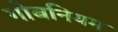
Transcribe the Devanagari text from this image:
गोबनियम